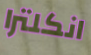
انكلترا